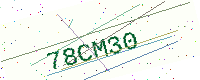
Text: 78CM30